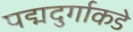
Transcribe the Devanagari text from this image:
पद्मदुर्गाकडे